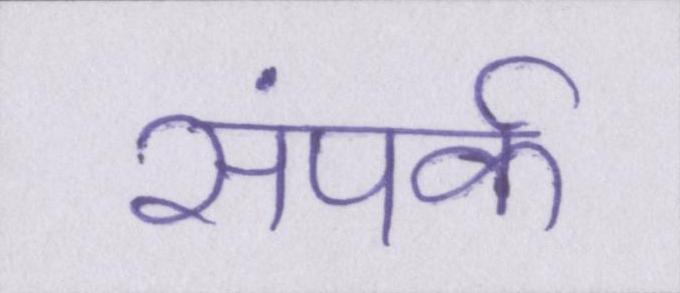
संपर्क